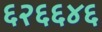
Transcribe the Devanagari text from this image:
६२६६४६